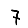
Digit: 7